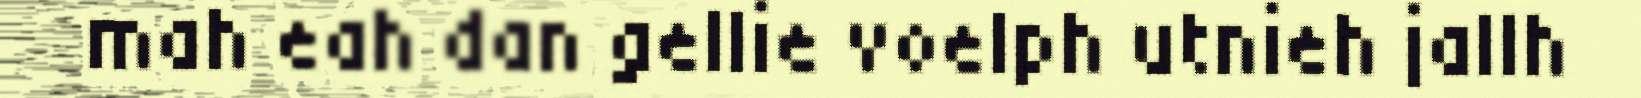
mah eah dan gellie voelph utnieh jallh